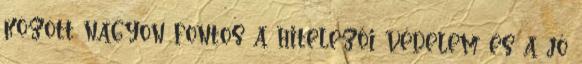
között nagyon fontos a hitelezői védelem és a jó